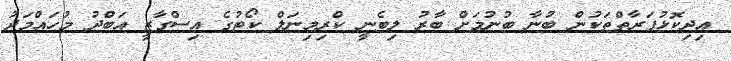
އިދިކޮޅުފަރާތްތަކުން ބުނާ ބުނުމަށް ބާރު ލިބެނީ ކްރިމިނަލް ކޯޓުގެ އިސްގާޒީ އަބްދު މުހައްމަދު